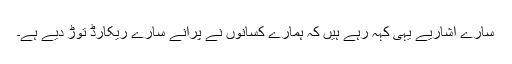
سارے اشاریے یہی کہہ رہے ہیں کہ ہمارے کسانوں نے پرانے سارے ریکارڈ توڑ دیے ہے۔